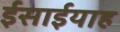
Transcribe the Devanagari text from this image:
ईसाईयाह